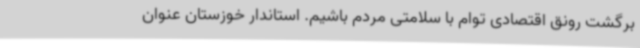
برگشت رونق اقتصادی توام با سلامتی مردم باشیم. استاندار خوزستان عنوان